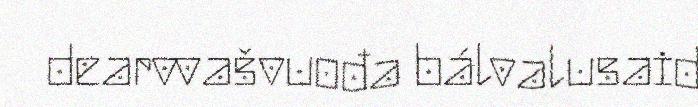
dearvvašvuođa bálvalusaid